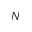
N